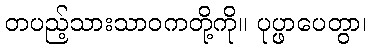
တပည့်သားသာဝကတို့ကို။ ပုပ္ဖာပေတွာ၊